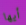
أيها